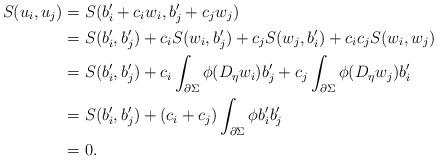
LaTeX: \begin{align*}S(u_i,u_j)&=S(b'_i+c_i w_i,b'_j+c_jw_j)\\&=S(b'_i,b'_j)+c_iS(w_i, b'_j)+c_jS(w_j,b'_i)+c_ic_jS(w_i,w_j)\\&=S(b'_i,b'_j)+c_i\int_{\partial \Sigma}\phi (D_\eta w_i) b'_j+c_j\int_{\partial \Sigma}\phi (D_\eta w_j) b'_i\\&=S(b'_i,b'_j)+(c_i+c_j) \int_{\partial \Sigma} \phi b'_i b'_j\\&=0.\end{align*}